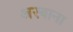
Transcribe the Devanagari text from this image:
अरबाना